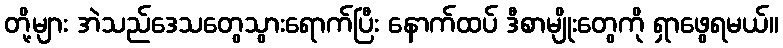
တို့များ အဲသည်ဒေသတွေသွားရောက်ပြီး နောက်ထပ် ဒီစာမျိုးတွေကို ရှာဖွေရမယ်။